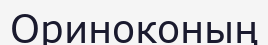
Ориноконың